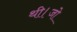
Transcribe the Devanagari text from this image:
थी।जो